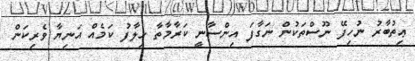
ޢިތުބާރު ނުހިފޭ ނޫސްތަކުން ނަގާފަ އިންސާނީ ކަރާމާތާ ޚިލާފު ކަމެއް އަނިޔާ ވެރިކަން